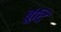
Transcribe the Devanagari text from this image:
बूंदि